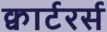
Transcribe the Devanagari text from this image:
क्वार्टरर्स